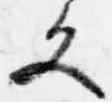
文